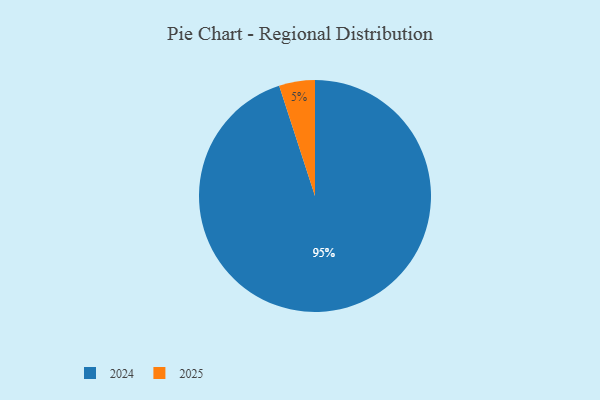
{"axis": {"x": "Category", "y": "Percentage"}, "legend": ["2024", "2025"], "data": [{"x": "2025", "y": 5, "type": "2025"}, {"x": "2024", "y": 95, "type": "2024"}]}